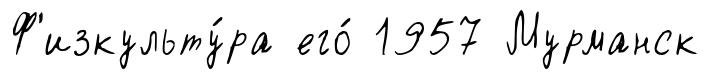
Ф'изкульту́ра его́ 1957 Мурманск